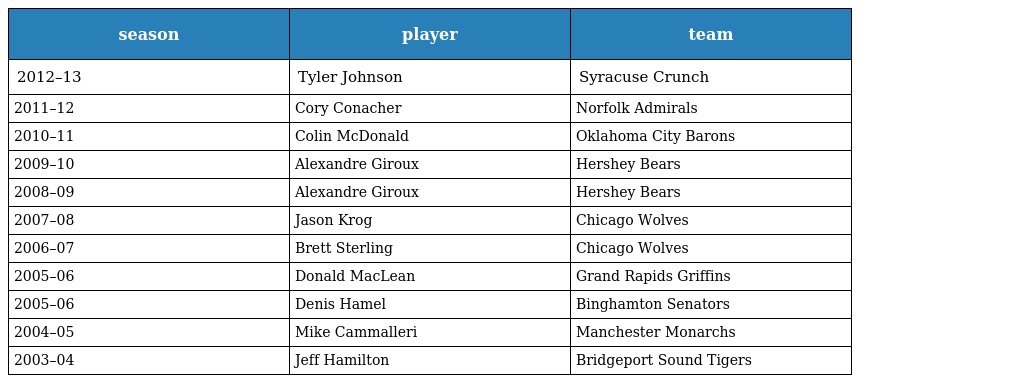
| season | player | team |
 | --- | --- | --- |
 | 2012–13 | Tyler Johnson | Syracuse Crunch |
 | 2011–12 | Cory Conacher | Norfolk Admirals |
 | 2010–11 | Colin McDonald | Oklahoma City Barons |
 | 2009–10 | Alexandre Giroux | Hershey Bears |
 | 2008–09 | Alexandre Giroux | Hershey Bears |
 | 2007–08 | Jason Krog | Chicago Wolves |
 | 2006–07 | Brett Sterling | Chicago Wolves |
 | 2005–06 | Donald MacLean | Grand Rapids Griffins |
 | 2005–06 | Denis Hamel | Binghamton Senators |
 | 2004–05 | Mike Cammalleri | Manchester Monarchs |
 | 2003–04 | Jeff Hamilton | Bridgeport Sound Tigers |